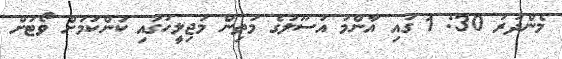
މެންދުރު 30: 1 ގައި އާންމު އުސޫލުގެ މަތިން މަޖިލީހުގައި ކަންކަމަށް ވޯޓަށް